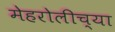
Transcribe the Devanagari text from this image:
मेहरोलीच्या